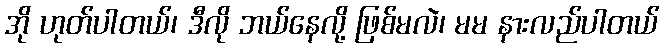
အို ဟုတ်ပါတယ်၊ ဒီလို ဘယ်နေလို့ ဖြစ်မလဲ၊ မမ နားလည်ပါတယ်